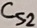
Text: Cs2